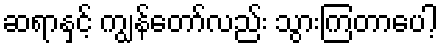
ဆရာနှင့် ကျွန်တော်လည်း သွားကြတာပေါ့